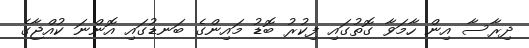
ދިރާސާ އިން ހާމަވާ ގޮތުގައި ފިކުރު ބޮޑު މައިންގެ ބަނޑުގައި އޮންނަ ކުއްޖާގެ